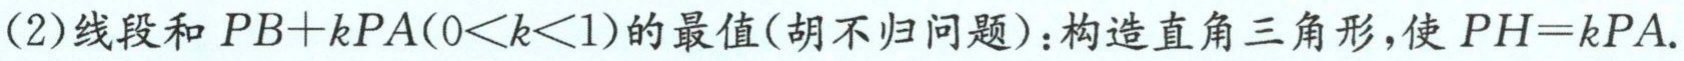
(2)线段和 \(PB + kPA(0<k<1)\)的最值(胡不归问题)：构造直角三角形，使 \(PH = kPA\).